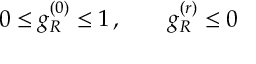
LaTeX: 0 \leq g _ { R } ^ { ( 0 ) } \leq 1 \, , \qquad g _ { R } ^ { ( r ) } \leq 0